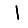
Digit: 1